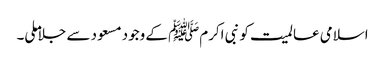
اسلامی عالمیت کو نبی اکرمﷺ کے وجود مسعود سے جلاملی۔